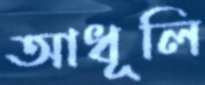
আধূলি